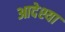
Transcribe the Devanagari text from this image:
आदेश्या